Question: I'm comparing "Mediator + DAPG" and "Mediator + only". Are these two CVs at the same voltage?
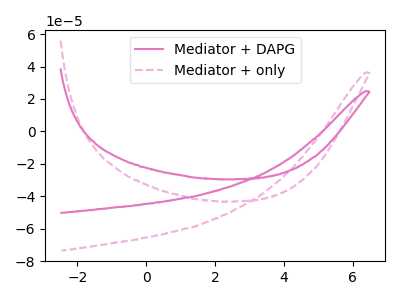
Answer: <think>The pink curve "Mediator + DAPG" has no peaks. The pink dashed curve "Mediator + only" has no peaks.
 Neither "Mediator + DAPG" or "Mediator + only" have any peaks.</think>
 <answer>"Mediator + DAPG" and "Mediator + only" are similar in shape.</answer>
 <eval>same_shape</eval>